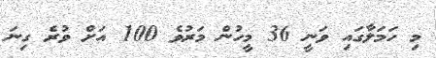
މި ހަަމަލާގައި ވަނީ 36 މީހުން މަރުވެ 100 އަށް ވުރެ ގިނަ